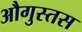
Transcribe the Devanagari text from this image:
औगुस्तस